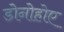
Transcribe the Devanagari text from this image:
डोनोहोए